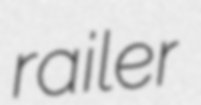
railer